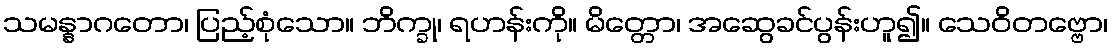
သမန္နာဂတော၊ ပြည့်စုံသော။ ဘိက္ခု၊ ရဟန်းကို။ မိတ္တော၊ အဆွေခင်ပွန်းဟူ၍။ သေဝိတဗ္ဗော၊